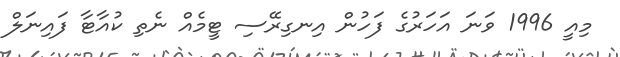
މިއީ 1996 ވަނަ އަހަރުގެ ފަހުން އިނގިރޭސި ޓީމެއް ނެތި ކުއާޓާ ފައިނަލް